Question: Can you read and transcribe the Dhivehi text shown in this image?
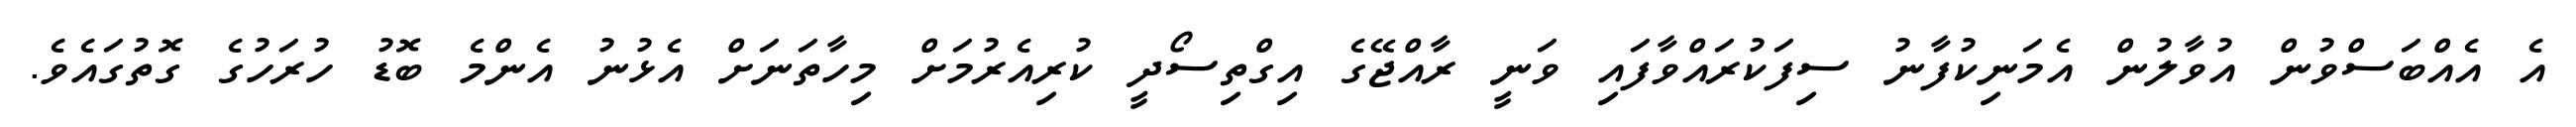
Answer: އެ އެއްބަސްވުން އުވާލުން އެމަނިކުފާނު ސިފަކުރައްވާފައި ވަނީ ރާއްޖޭގެ އިގްތިސޯދީ ކުރިއެރުމަށް މިހާތަނަށް އެޅުނު އެންމެ ބޮޑު ހުރަހުގެ ގޮތުގައެވެ.